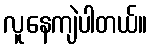
လူနေကျဲပါတယ်။